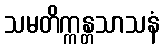
သမတိက္ကန္တသာသနံ